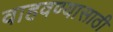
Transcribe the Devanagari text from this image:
वाहवण्यासाठी